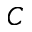
C